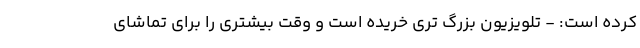
کرده است: - تلویزیون بزرگ تری خریده است و وقت بیشتری را برای تماشای